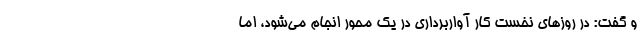
و گفت: در روزهای نخست کار آواربرداری در یک محور انجام می‌شود، اما